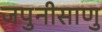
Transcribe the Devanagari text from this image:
जपुनीसाणु